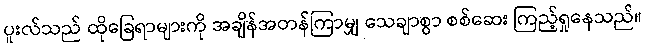
ပူးလ်သည် ထိုခြေရာများကို အချိန်အတန်ကြာမျှ သေချာစွာ စစ်ဆေး ကြည့်ရှုနေသည်။